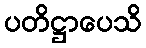
ပတိဋ္ဌာပေသိ